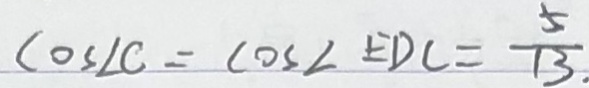
\cos \angle C = \cos \angle E D C = \frac { 5 } { 1 3 } .